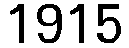
1915